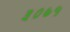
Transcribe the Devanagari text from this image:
३०७५